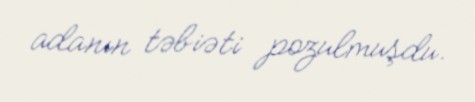
adanın təbiəti pozulmuşdu.